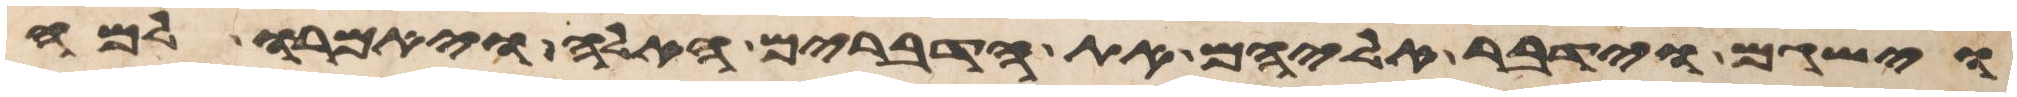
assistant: וישגם וידבר אליהם את הדברים האלה ויאמרו למה